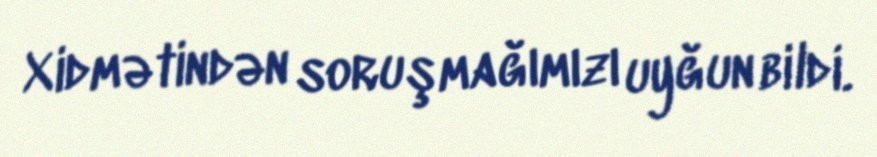
Xidmətindən soruşmağımızı uyğun bildi.